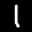
Label: 1